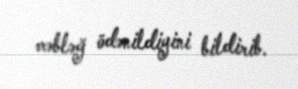
məbləğ ödənildiyini bildirib.